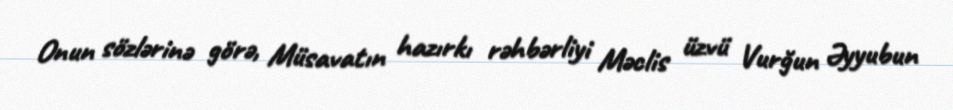
Onun sözlərinə görə, Müsavatın hazırkı rəhbərliyi Məclis üzvü Vurğun Əyyubun